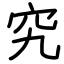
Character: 究